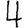
Digit: 4